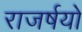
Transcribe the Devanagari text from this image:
राजर्षयो